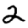
Digit: 2